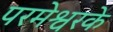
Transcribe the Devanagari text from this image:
परमेश्वरके